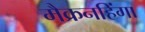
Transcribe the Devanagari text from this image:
मैक्रनहिंगा